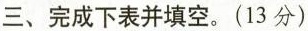
三、完成下表并填空。(13分）